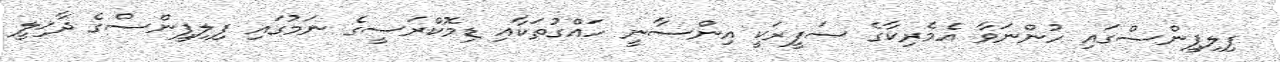
ފިލިޕީންސްގައި ހުންނަވާ އެމެރިކާގެ ސަފީރަކީ އިންސާނީ ހައްގުތަކާއި ޑިމޮކްރަސީގެ ނަމުގައި ފިލިޕީންސްގެ ދާޚިލީ